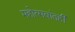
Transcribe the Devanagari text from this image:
महोत्सवांतही